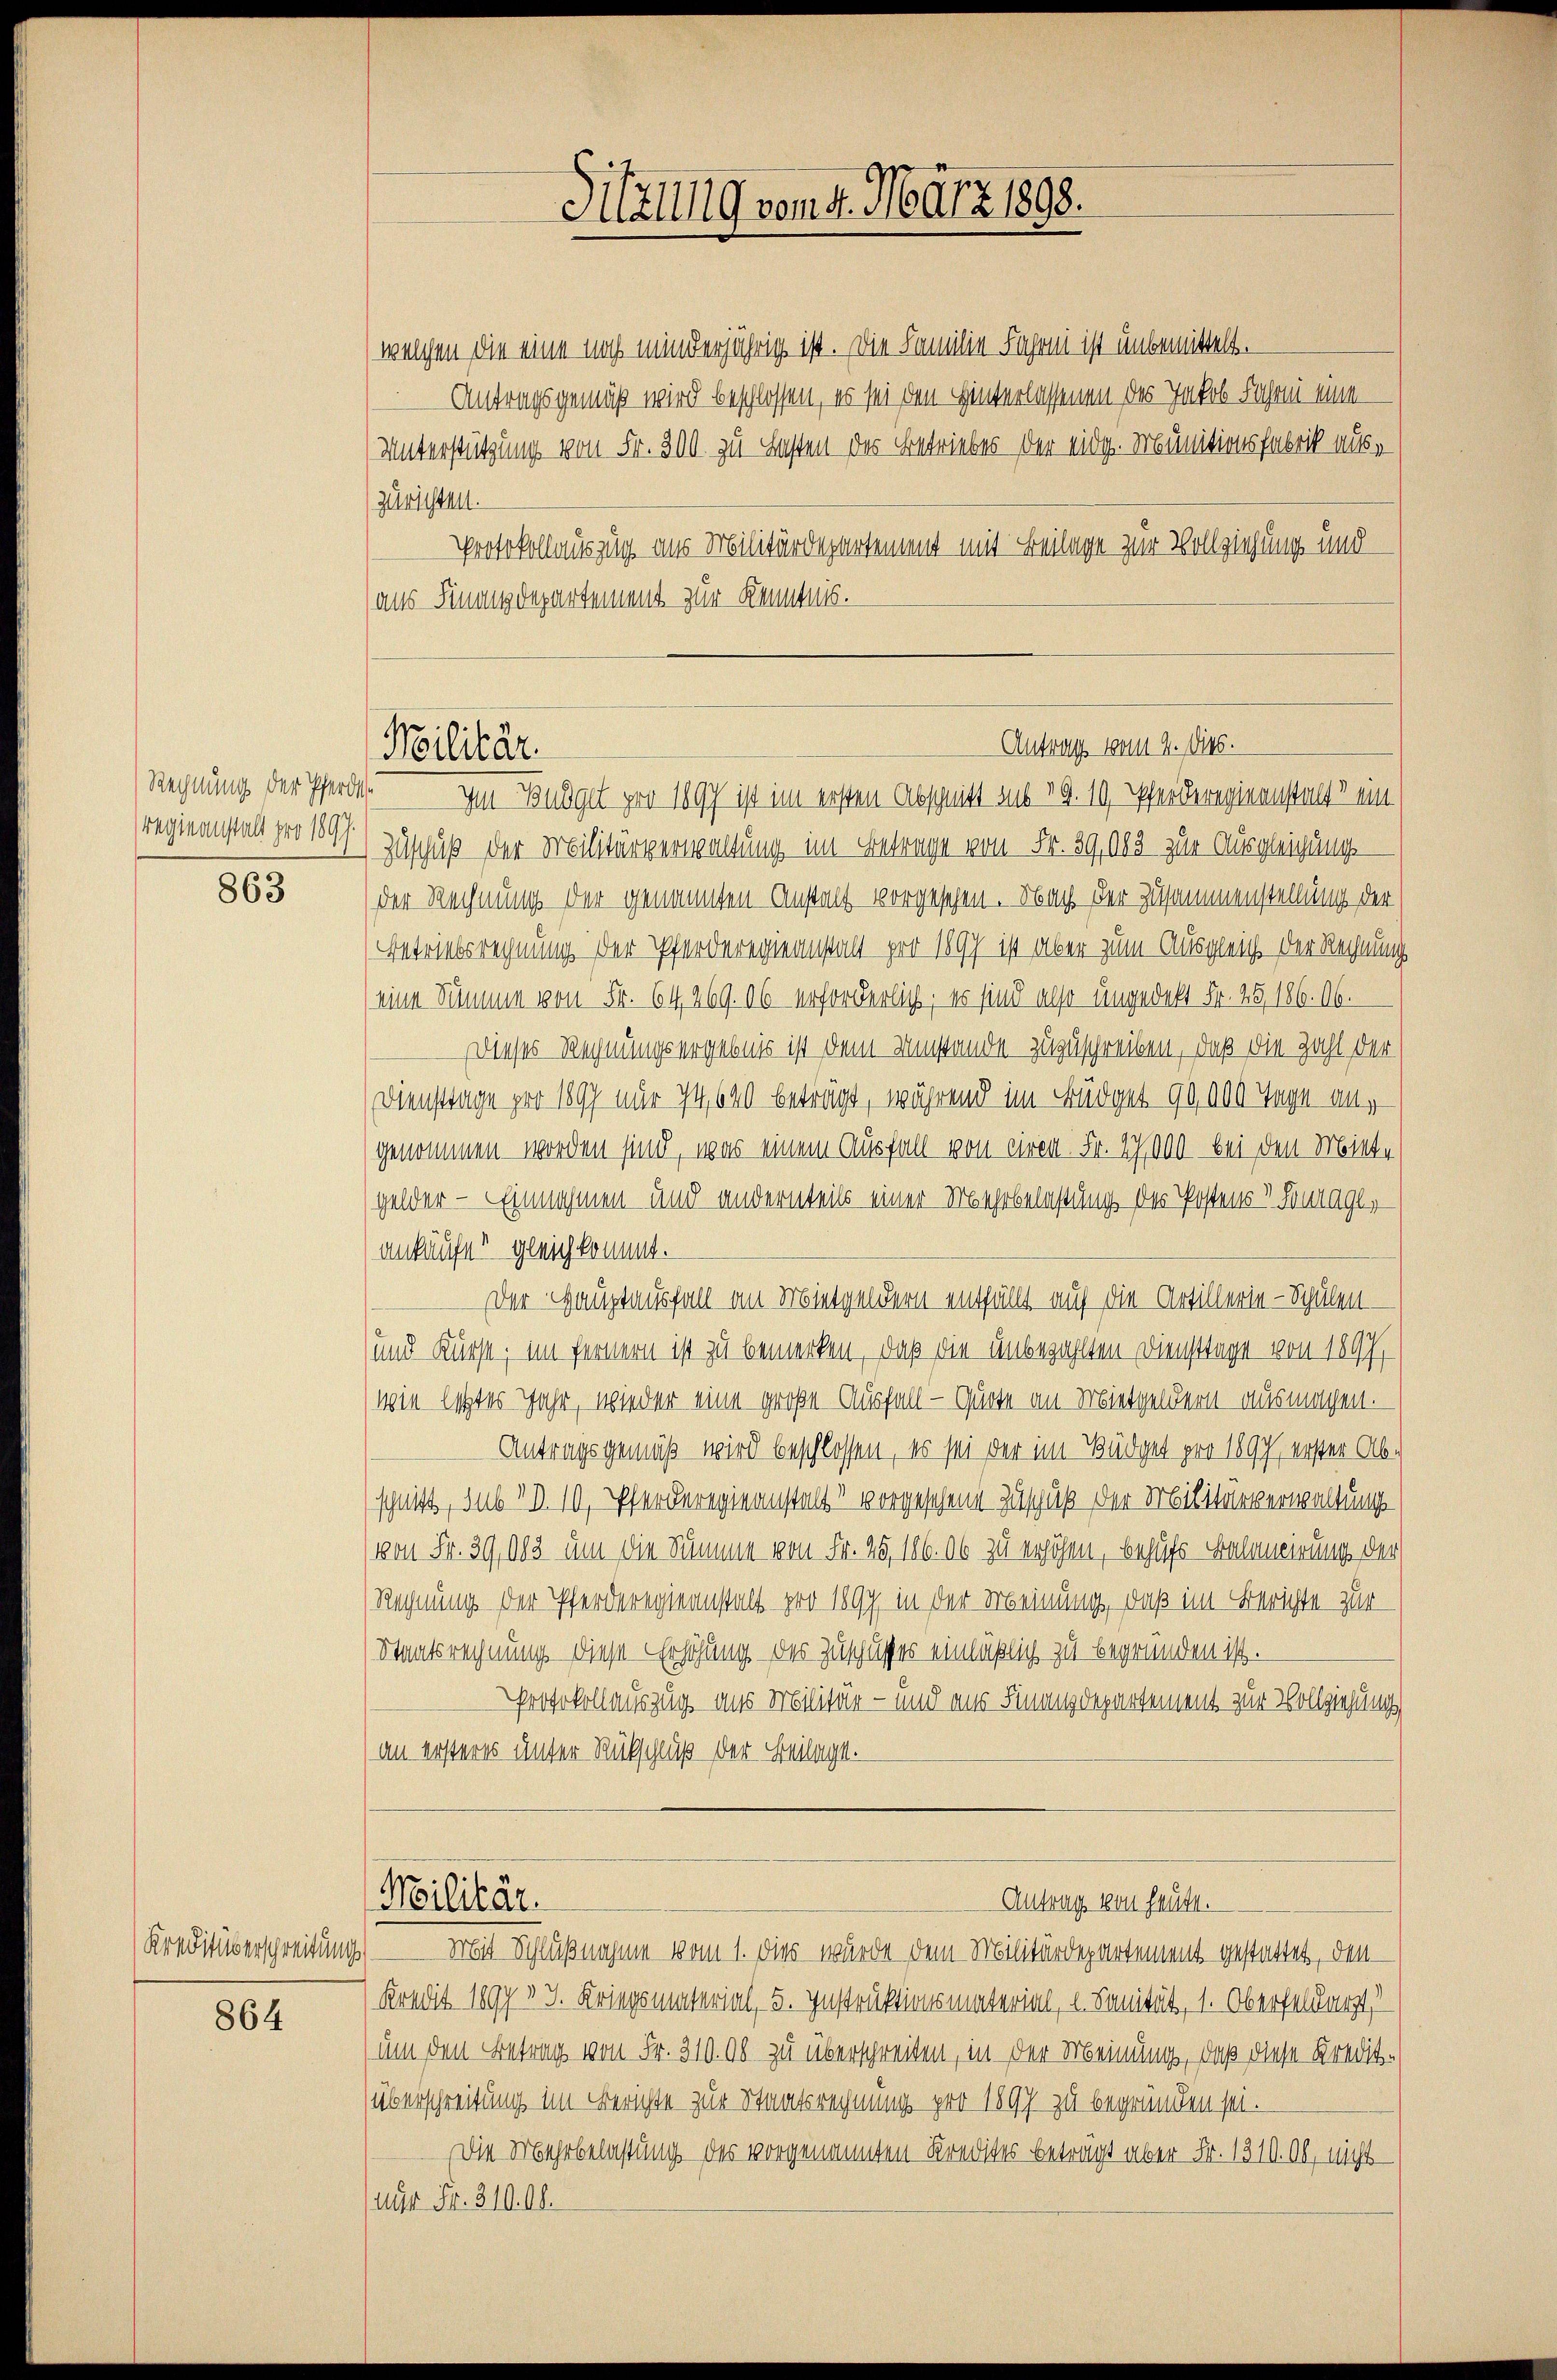
regleanstalt pro 1897.

863

Kreditiverschreibung

864

(welchen die eine noch minderjährig ist. Die Familie Fahrni ist unbemittelt.
Antragsgemäß wird beschlossen, es sei den Hinterlassenen des Jakob Fahrni eine
Unterstützung von Fr. 300. zu Lasten des Betriebes der eidg. Munitionsfabrik auszurichten.
Protokollauszug aus Militärdepartement mit Beilage zur Vollziehung und
aus Finanzdepartement zur Kenntnis.

Militär.

Sitzung vom 4. März 1898.

Antrag vom 2. dies.

Rechnung der Pferde. Im Budget pro 1897 ist im ersten Abschnitt auf 19. 10. Pferderegienstalt ein
Zuschuß der Militärverwaltung im Betrage von Fr. 39, 185 zur Ausgleichungsder Rechnung der genannten Anstalt vorgesehen. Nach der Zusammenstellung der
Betriebsrechnung der Pferderegieanstalt pro 1897 ist aber zum Ausgleich der Rechnung
(eine Summe von Fr. 64, 269. 06 erforderlich, es sind also ungedekt Fr. 25, 186. 16.
Dieses Rechnungsergebnis ist dem Umstande zuzuschreiben, daß die Zahl der
Dienstrage pro 1897 nur 74640 beträgt, während im Büdget 90,000 Tage angenommen worden sind, was einem Ausfall von ciren. Fr. 17,000 bei den Miete
gelder - Einnahmen und andernteils einer Mehrbelastung der Postens v Fontage,
ankäufer gleich kommt.
Der Hauptausfall an Mietgeldern entfällt auf die Artillerte - Schulen
(und Kürse; im Fernern ist zu bemerken, daß die unbezahlten Diensttage von 1897,
wie letztes Jahr, wieder eine große Ausfall - Quote an Mietgeldern ausmachen.
Antragsgemäß wird beschlossen, es sei der im Büdget pro 1897, erster Abschnitt, sub IV 10, Pferderegieanstalt vorgesehene Zuschuß der Militärverwaltungsvon Fr. 39,083 um die Summe von Fr. 25, 106. ab zu erhöhen, behufs Belancirung der
Rechnung der Pferderegieanstalt pro 1897 in der Meinung, daß im Berichte zur
Staatsrechnung diese Erhöhung des Zuschusses einläßlich zu begründen ist.
Protokollauszug aus Militär- und aus Finanzdepartement zur Vollziehung,
an ersteres unter Rückschluß der Beilage.
Antrag von heute.
Militär.
 Mit Schlußnahme vom 1. dies wurde dem Militärdepartement gestattet, den
) Kredit 1897 n 3. Kriegsmaterial, 5. Instruktionsmaterial, u. Sanität, 1. Oberfeldarzt
um den Betrag von Fr. 31000 zu überschreiten, in der Meinung, daß diese Kredit-
(überschreitung im Berichte zur Staatsrechnung pro 1897 zu begründen sei.
Die Mehrbelastung des vorgenannten Kredites beträgt aber Fr. 1310. Ob, nicht
(nur Fr. 310. 11.